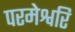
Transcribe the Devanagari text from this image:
परमेश्वरि